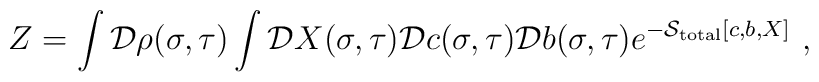
Z=\int {\cal D}\rho(\sigma,\tau) \int {\cal D}X(\sigma,\tau) {\cal D}c(\sigma,\tau) {\cal D}b(\sigma,\tau)e^{-{\cal S}_{\rm total}[c,b,X]}~,